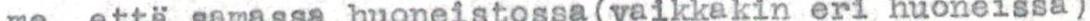
me, että samassa huoneistossa(vaikkakin eri huoneissa